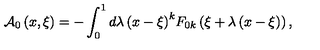
{ \cal A } _ { 0 } \left( { x , \xi } \right) = - \int _ { 0 } ^ { 1 } { d \lambda \left( { x - \xi } \right) } ^ { k } F _ { 0 k } \left( { \xi + \lambda \left( { x - \xi } \right) } \right) ,